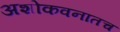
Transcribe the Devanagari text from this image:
अशोकवनातच